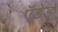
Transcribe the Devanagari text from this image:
ऍडेड